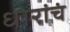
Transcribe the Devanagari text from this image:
धारांचं